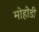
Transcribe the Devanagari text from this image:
मोहोडी